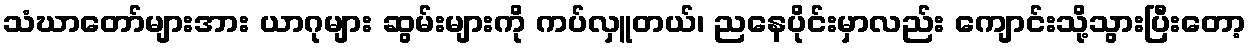
သံဃာတော်များအား ယာဂုများ ဆွမ်းများကို ကပ်လှူတယ်၊ ညနေပိုင်းမှာလည်း ကျောင်းသို့သွားပြီးတော့